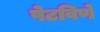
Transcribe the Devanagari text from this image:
पेटविणे